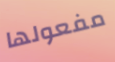
مفعولها